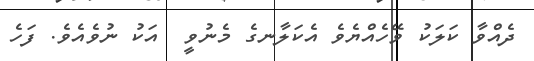
ދެއްވާ ކަލަކު ވޭހެއްޔެވެ އެކަލާނގެ މެނުވީ  އަކު ނުވެއެވެ. ފަހެ